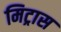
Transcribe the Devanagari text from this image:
मिट्रास